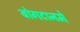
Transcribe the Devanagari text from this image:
बोगटानमे